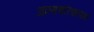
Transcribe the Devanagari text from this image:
अात्मचरित्रात्मक